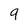
Character: 9